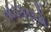
તાડકાએ